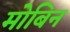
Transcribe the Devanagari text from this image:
मोबिन